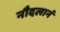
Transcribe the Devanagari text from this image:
नौदलानं